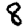
Digit: 8